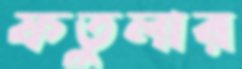
ফতুলার